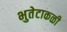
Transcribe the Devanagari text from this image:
भुतेटाकळी